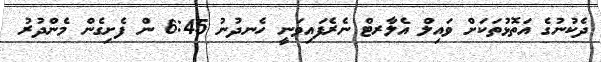
ދެކުނުގެ އަތޮޅުތަކަށް ވައިލް އެލާރޓް ނެރެފައިވަނީ ހެނދުނު 6:45 ން ފެށިގެން މެންދުރު